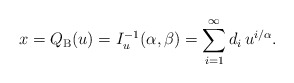
\begin{align*}x=Q_{\mathrm{B}}(u)=I_u^{-1}(\alpha,\beta)=\sum_{i=1}^{\infty}d_i\,u^{i/\alpha}.\end{align*}